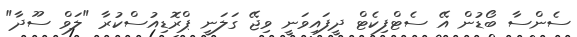
ސެންސާ ބޯޑުން އޭ ސެޓްފިކެޓް ދީފައިވަނީ ވިޖޭ ގަލަނީ ޕްރޮޑިއުސްކުރާ "ލަވް ސޫދާ"